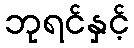
ဘုရင်နှင့်